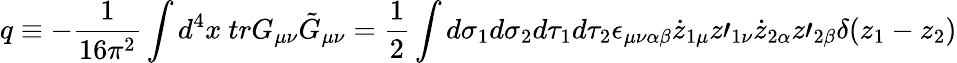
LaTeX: q\equiv-\frac{1}{16\pi^{2}}\int d^{4}x\mathrm{~}trG_{\mu\nu}\tilde{G}_{\mu\nu}=\frac{1}{2}\int d\sigma_{1}d\sigma_{2}d\tau_{1}d\tau_{2}\epsilon_{\mu\nu\alpha\beta}\dot{z}_{1\mu}z\prime_{1\nu}\dot{z}_{2\alpha}z\prime_{2\beta}\delta(z_{1}-z_{2})